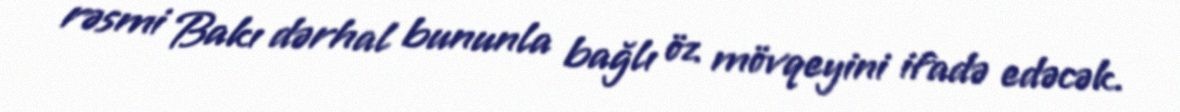
rəsmi Bakı dərhal bununla bağlı öz mövqeyini ifadə edəcək.